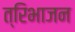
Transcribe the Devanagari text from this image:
त्रिभाजन